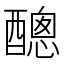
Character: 𨢨